Report on sanitation, dispensaries, and jails in Rajputana for 1909, and on vaccination for the year 1909-1910 - 1909-1910
Year: 1909
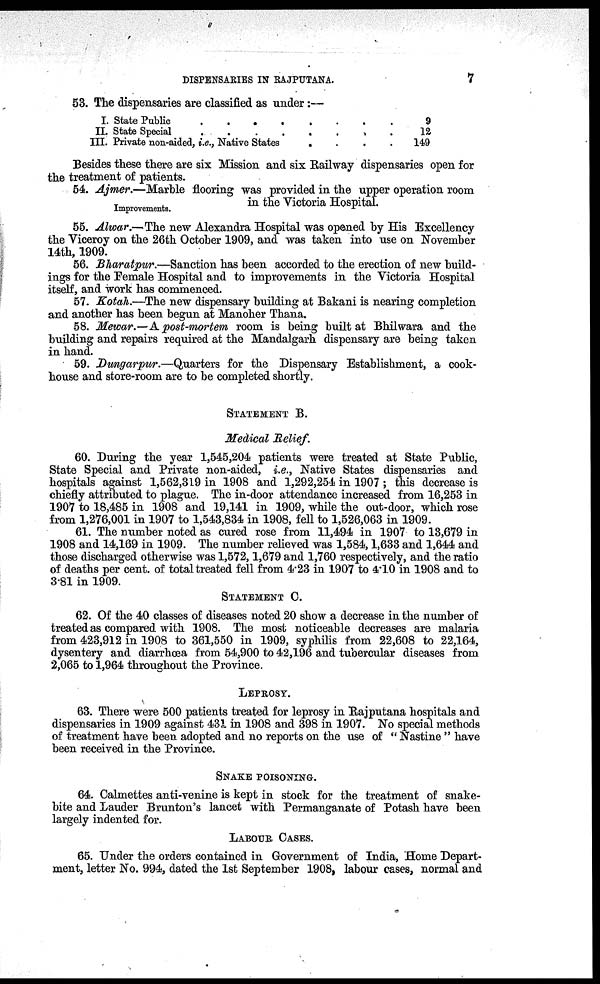
DISPENSARIES IN RAJPUTANA.
7
53. The dispensaries are classified as under:—
I. State Public
.
.
.
.
.
.
.
.
II. State Special . . . . . . . .
III. Private non-aided, i.e., Native States
.
.
.
.
9
12
149
Besides these there are six Mission and six Railway dispensaries open for
the treatment of patients.
Improvements.
54. Ajmer.—Marble flooring was provided in the upper operation room
in the Victoria Hospital.
55. Alwar.—The new Alexandra Hospital was opened by His Excellency
the Viceroy on the 26th October 1909, and was taken into use on November
14th, 1909.
56. Bharatpur.—Sanction has been accorded to the erection of new build-
ings for the Female Hospital and to improvements in the Victoria Hospital
itself, and work has commenced.
57. Kotah.—The new dispensary building at Bakani is nearing completion
and another has been begun at Manoher Thana.
58. Mewar.— A post-mortem room is being built at Bhilwara and the
building and repairs required at the Mandalgarh dispensary are being taken
in hand.
59. Dungarpur.—Quarters for the Dispensary Establishment, a cook-
house and store-room are to be completed shortly.
STATEMENT B.
Medical Relief.
60. During the year 1,545,204 patients were treated at State Public,
State Special and Private non-aided, i.e., Native States dispensaries and
hospitals against 1,562,319 in 1908 and 1,292,254 in 1907 ; this decrease is
chiefly attributed to plague. The in-door attendance increased from 16,253 in
1907 to 18,485 in 1908 and 19,141 in 1909, while the out-door, which rose
from 1,276,001 in 1907 to 1,543,834 in 1908, fell to 1,526,063 in 1909.
61. The number noted as cured rose from 11,494 in 1907 to 13,679 in
1908 and 14,169 in 1909. The number relieved was 1,584,1,633 and 1,644 and
those discharged otherwise was 1,572,1,679 and 1,760 respectively, and the ratio
of deaths per cent. of total treated fell from 4.23 in 1907 to 4.10 in 1908 and to
3.81 in 1909.
STATEMENT C.
62. Of the 40 classes of diseases noted 20 show a decrease in the number of
treated as compared with 1908. The most noticeable decreases are malaria
from 423,912 in 1908 to 361,550 in 1909, syphilis from 22,608 to 22,164,
dysentery and diarrhœa from 54,900 to 42,196 and tubercular diseases from
2,065 to 1,964 throughout the Province.
LEPROSY.
63. There were 500 patients treated for leprosy in Rajputana hospitals and
dispensaries in 1909 against 431 in 1908 and 398 in 1907. No special methods
of treatment have been adopted and no reports on the use of " Nastine " have
been received in the Province.
SNAKE POISONING.
64. Calmettes anti-venine is kept in stock for the treatment of snake-
bite and Lauder Brunton's lancet with Permanganate of Potash have been
largely indented for.
LABOUR CASES.
65. Under the orders contained in Government of India, Home Depart-
ment, letter No. 994, dated the 1st September 1908, labour cases, normal and